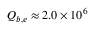
Q _ { b , e } \approx 2 . 0 \times 1 0 ^ { 6 }